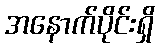
အနောက်ပိုင်းရှိ